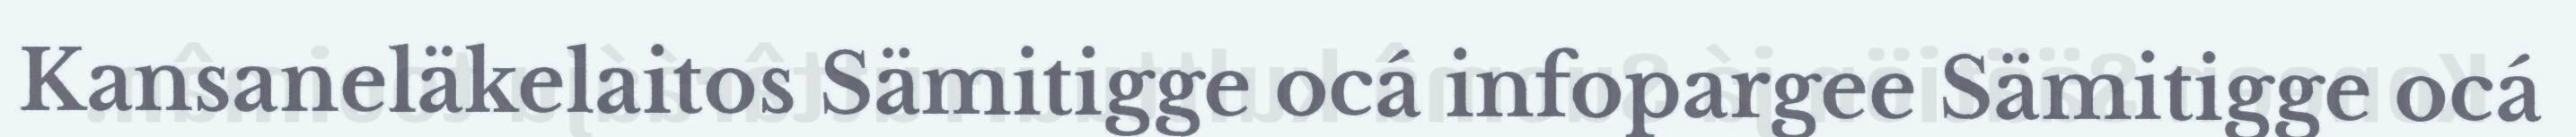
Kansaneläkelaitos Sämitigge ocá infopargee Sämitigge ocá